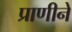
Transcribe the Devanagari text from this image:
प्राणीने